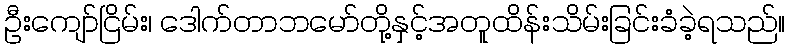
ဦးကျော်ငြိမ်း၊ ဒေါက်တာဘမော်တို့နှင့်အတူထိန်းသိမ်းခြင်းခံခဲ့ရသည်။